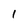
Character: I